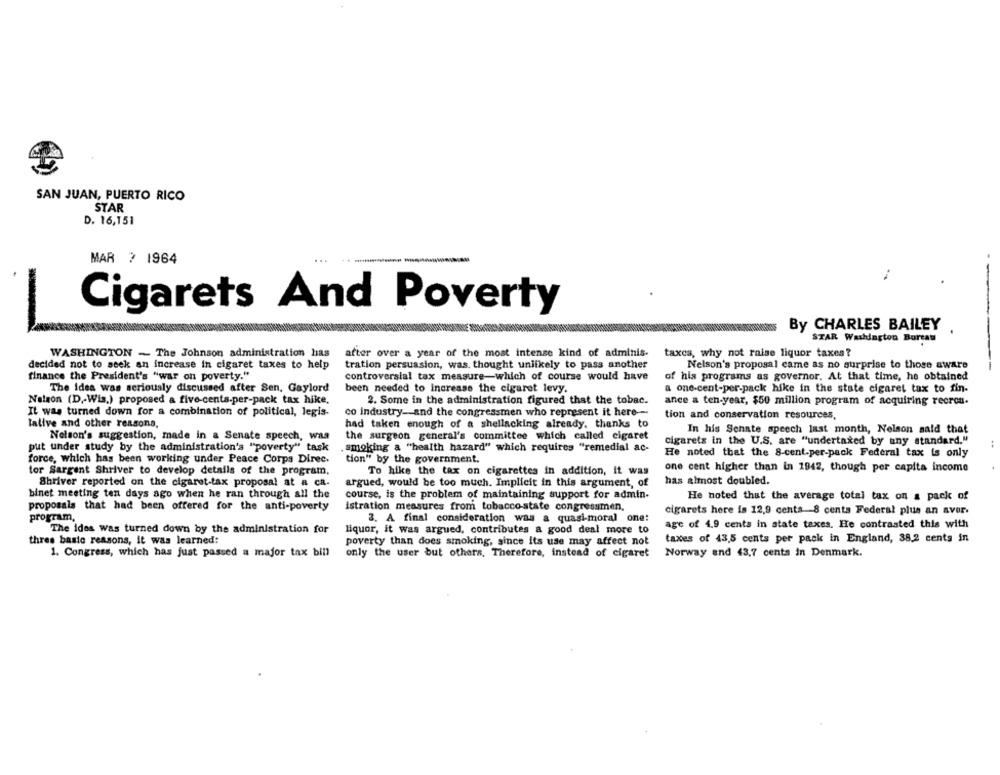
SAN JUAN, PUERTO RICO
STAR
D. 16,151
MAR ? 1964
...
----
Cigarets And Poverty
By CHARLES BAILEY
STAR Washington Borcau
WASHINGTON - The Johnson administration has
atter over a year of the most intense kind of adminis.
taxes, why not raise liquor taxes?
decided not to seek an increase in cigaret taxes to help
tration persuasion, was. thought unlikely to pass another
Nelson's proposal came as no surprise to those aware
finance the President's "war on poverty."
controversial tax measure-which of course would have
of his programs as governor. At that time, he obtained
The Idea was seriously discussed after Sen, Gaylord
been needed to increase the cigaret levy.
a one-cent-per.pack hike in the state cigaret tax to fin-
Nelson (D ,- Wis.) proposed a five-centa-per-pack tax hike.
2. Some in the administration figured that the tobac.
ance a ten-year, $50 million program of acquiring recrou.
It was turned down for a combination of political, legis-
co industry-and the congressmen who represent it here --
tion and conservation resources,
lalive and other reasons,
had taken enough of a shellacking already. thanks to
the surgeon general's committee which called cigaret
In his Senate speech last month, Nelson said that
Nelson's suggestion, made in a Senate speech, was
cigarets in the U.S. are "undertaked by any standard."
put under study by the administration's "poverty" task
. smoking a "health hazard" which requires "remedial ac-
He noted that the 8-cent.per-pack Federal tax is only
force, which has been working under Peace Corps Direc.
tion" by the government.
tor Sargent Shriver to develop details of the program.
To hike the tax on cigarettes in addition, it was
one cent higher than in 1942, though per capita income
has almost doubled.
Shriver reported on the cigaret-tax proposal at a ca.
argued, would be too much. Implicit in this argument, of
binet meeting ten days ago when he ran through all the
course, is the problem of maintaining support for admin-
He noted that the average total tax on a pack of
proposals that had been offered for the anti-poverty
istration measures from tobacco-state congressmen.
cigarets here is 12,9 cents 8 cents Federal plus an avor.
program,
3. A final consideration was a quasi-moral one:
age of 4.9 cents in state taxes. He contrasted this with
The Ides was turned down by the administration for
liquor, it was argued, contributes a good deal more to
thres basic reasons, it was learned:
poverty than does smoking, since its use may affect not
taxes of 43,5 cents per pack in England, 38,2 cents in
1. Congress, which has just passed a major tax bill
only the user but others, Therefore, instead of cigaret
Norway and 43,7 cents in Denmark.